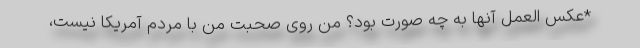
*عکس العمل آنها به چه صورت بود؟ من روی صحبت من با مردم آمریکا نیست،